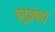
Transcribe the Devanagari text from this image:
लूव्रला